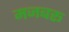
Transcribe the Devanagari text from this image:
मजबरू